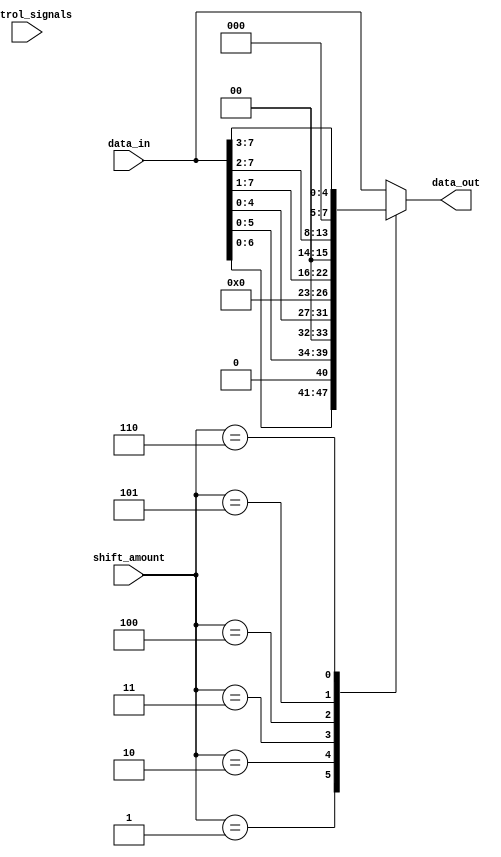
module sparse_barrel_shifter(
  input [7:0] data_in,
  input [2:0] shift_amount,
  input [7:0] control_signals,
  output reg [7:0] data_out
);

always @(*) begin
  case(shift_amount)
    3'b000: data_out = data_in; // No shift
    3'b001: data_out = data_in << 1; // Shift left by 1
    3'b010: data_out = data_in << 2; // Shift left by 2
    3'b011: data_out = data_in << 3; // Shift left by 3
    3'b100: data_out = data_in >> 1; // Shift right by 1
    3'b101: data_out = data_in >> 2; // Shift right by 2
    3'b110: data_out = data_in >> 3; // Shift right by 3
    default: data_out = data_in; // Default behavior
  endcase
end

endmodule